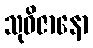
သုဝိဇာနော